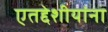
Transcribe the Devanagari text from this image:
एतद्देशीयांना